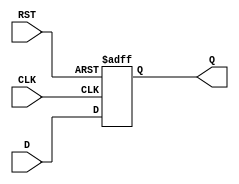
module stage_register (
    input wire D,        // Data input
    input wire CLK,      // Clock input
    input wire RST,      // Asynchronous reset input
    output reg Q         // Data output
);

    // Always block triggered on the clock edge or the reset signal
    always @(posedge CLK or posedge RST) begin
        if (RST) begin
            Q <= 1'b0;   // Reset the output to 0
        end else begin
            Q <= D;      // Capture the input data on the rising edge of the clock
        end
    end

endmodule